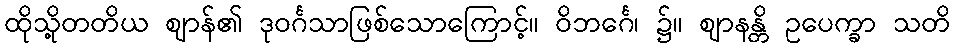
ထိုသို့တတိယ ဈာန်၏ ဒုဝင်္ဂသာဖြစ်သောကြောင့်။ ဝိဘင်္ဂေ၊ ၌။ ဈာနန္တိ ဥပေက္ခာ သတိ